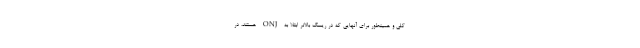
کلی و همینطور برای آنهایی که در ریسک بالاتر ابتلا به ONJ هستند، در